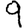
Digit: 9